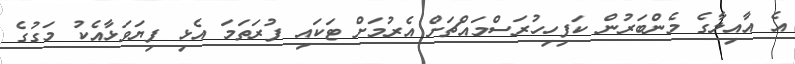
އެ އާއިލާގެ މެންބަރުން ކަފިހިހުރަސްމައްޗަށް އެރުމަށް ޓަކައި ފުރަތަމަ އެޅި ފިޔަވަޅާއެކު މަގުގެ